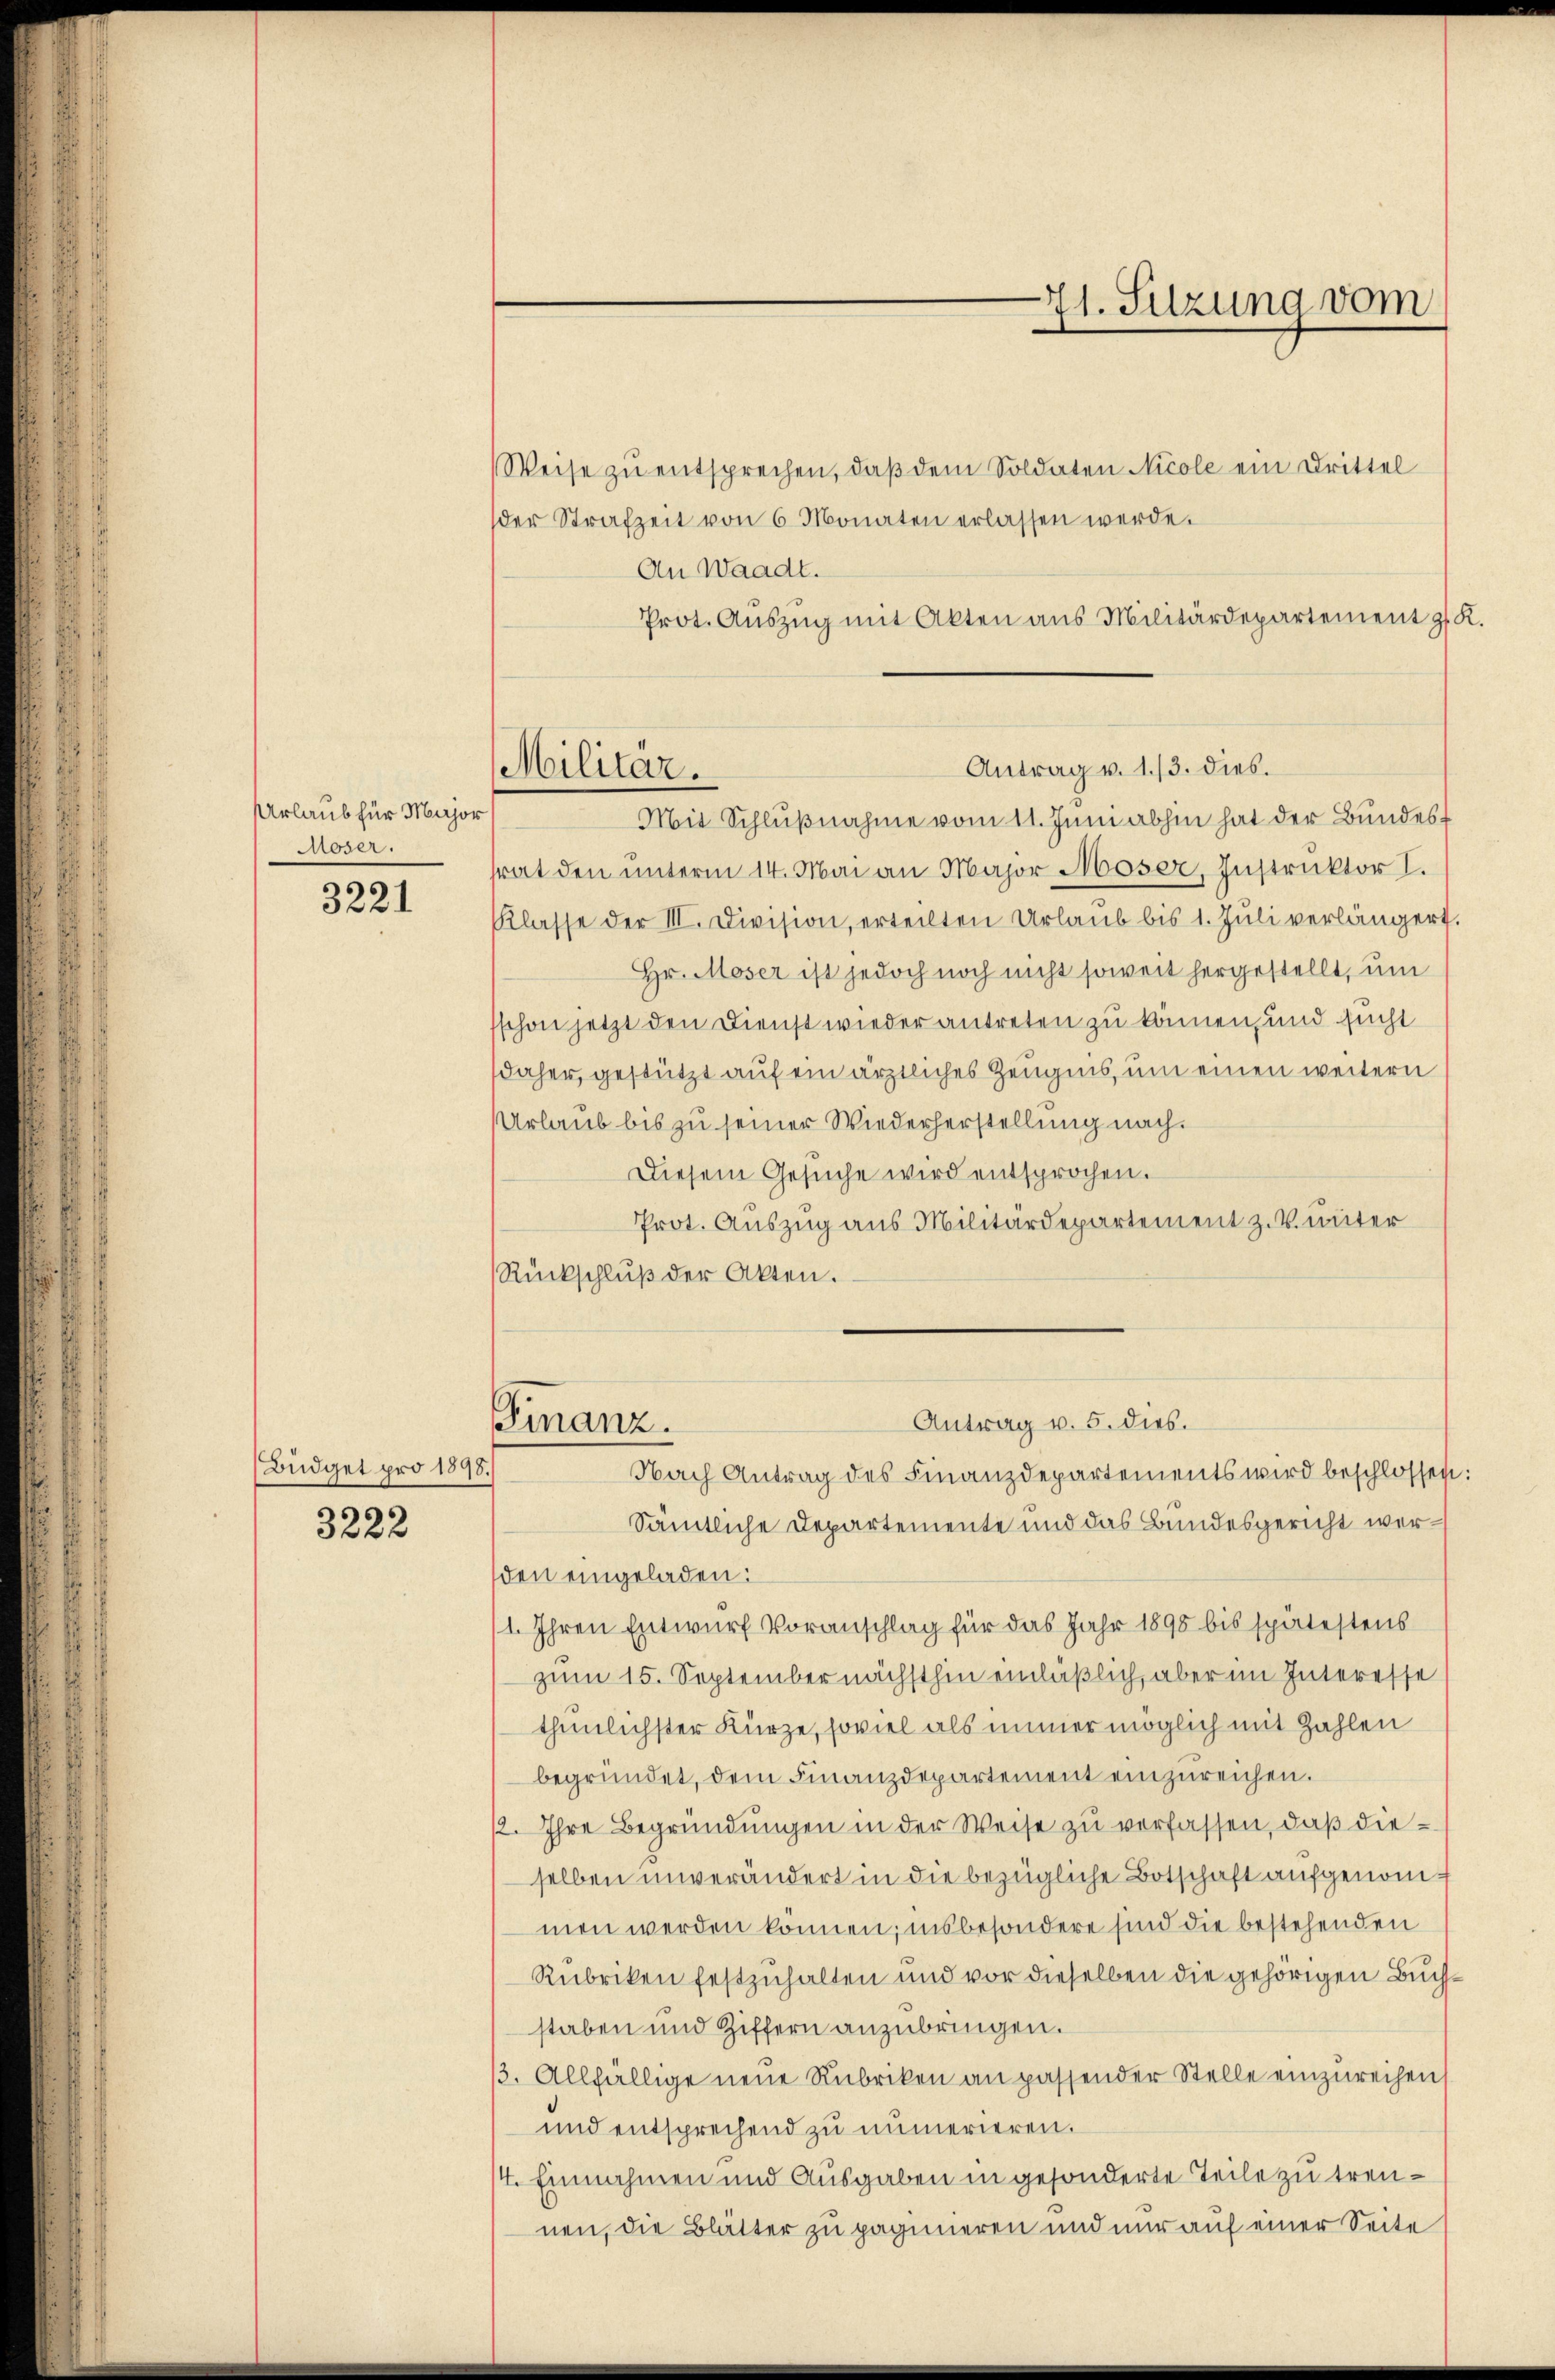
3221

Büdget pro 1898.

3222

Urlaub für Major
Moser.

Weise zŭ entsprechen, daβ dem Soldaten Nicole ein Drittel
der Strafzeit von 6 Monaten erlassen werde.
An Waadt.
Prot. Aŭszŭg mit Akten aus Militärdepartement z. K.

Mit Schlŭβnahme vom 11. Juni abhin hat der Bundest
rat den unterm 14. Mai an Major Moser, Instruktor I.
Klasse der III. Division, erteilten Urlaŭb bis 1. Jŭli verlängert.
Hr. Moser ist jedoch noch nicht soweit hergestellt, um
sschon jetzt den Dienst wieder antreten zu können, und sucht
daher, gestützt auf ein ärztliches Zeugnis, um einen weitern
Urlaub bis zu seiner Wiederherstellung nach.
Diesem Gesŭche wird entsprochen.
Prot. Auszug aus Militärdepartement z. V. unter
Rückschluß der Akten.

Sämtliche Departemente und das Bundesgericht werden eingeladen:
1. Ihren Entwurf Voranschlag für das Jahr 1898 bis spätestens
zum 15. September nächsthin einläßlich, aber im Interesse
thunlichster Kürze, soviel als immer möglich mit Zahlen
begründet, dem Finanzdepartement einzŭreichen.
12. Ihre Begründungen in der Weise zu verfassen, daß dieselben unverändert in die bezügliche Botschaft aufgenommen werden können; insbesondere sind die bestehenden
Rubriken festzuhalten und vor dieselben die gehörigen Buchstaben und Ziffern anzubringen.
/3. Allfällige neue Rubriken an passender Stelle einzureihen,
und entsprechend zu numerieren.
4. Einnahmen und Ausgaben in gesonderte Teile zu treunen, die Blatter zu paginieren und nur auf einer Seite

Militar.

71. Sitzung vom

Antrag v. 1/3. dies

Antrag v. 5. dies.
Finanz.
Nach Antrag des Finanzdepartements wird beschlossen: